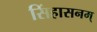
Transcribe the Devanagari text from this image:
सिंहासनम्